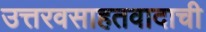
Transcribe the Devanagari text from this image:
उत्तरवसाहतवादाची